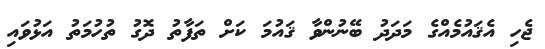
ޖެހި އެޤައުމެއްގެ މަދަދު ބޭނުންވާ ޤައުމަ ކަށް ތަފާތު ދޮގު ތުހުމަތު އަޅުވައި